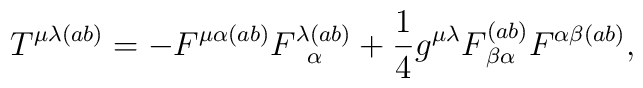
T^{\mu \lambda (ab)}=-F^{\mu \alpha (ab)}F_{\,\,\,\,\alpha }^{\lambda (ab)}+\frac{1}{4}g^{\mu \lambda }F_{\,\beta \alpha }^{(ab)}F^{\alpha \beta (ab)},